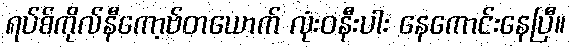
ရပ်စ်ကိုလ်နီကော့ဗ်တယောက် လုံးဝနီးပါး နေကောင်းနေပြီ။